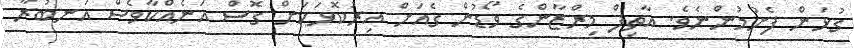
ގުޅަން ފެށުމުންނެވެ. އާތިފް މިރްޒާންގެ ވޯޑުން ގެއަށް އިރުކޮޅަކަށް ގޮސް އަނެއްކާވެސް އަނބުރާ